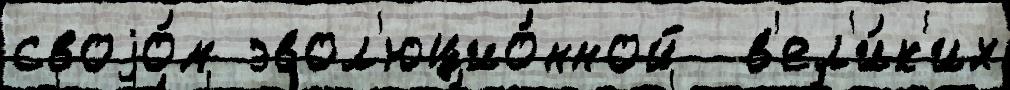
своjо́м эвол'юцио́нной  в'ел'и́к'их